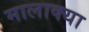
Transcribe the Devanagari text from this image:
मालाक्‍या